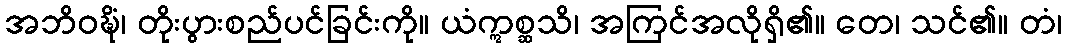
အဘိဝဍ္ဎိံ၊ တိုးပွားစည်ပင်ခြင်းကို။ ယံဣစ္ဆသိ၊ အကြင်အလိုရှိ၏။ တေ၊ သင်၏။ တံ၊